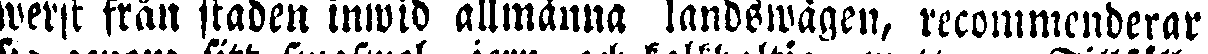
werst från staden inwid allmänna landswägen, recommenderar